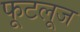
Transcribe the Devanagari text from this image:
फूटलूज